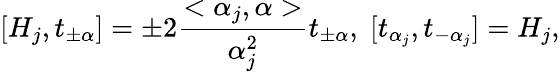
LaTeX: [H_{j},t_{\pm\alpha}]=\pm 2\frac{<\alpha_{j},\alpha>}{\alpha_{j}^{2}}t_{\pm\alpha},\; [t_{\alpha_{j}},t_{-\alpha_{j}}]=H_{j},